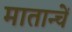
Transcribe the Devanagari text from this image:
मातान्चें